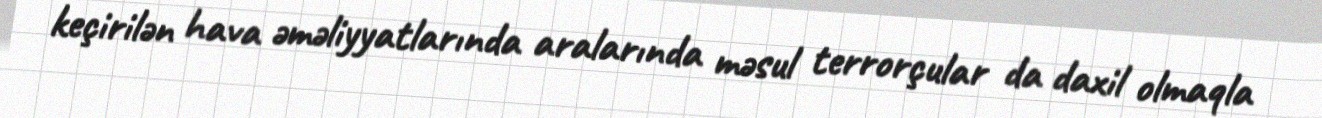
keçirilən hava əməliyyatlarında aralarında məsul terrorçular da daxil olmaqla